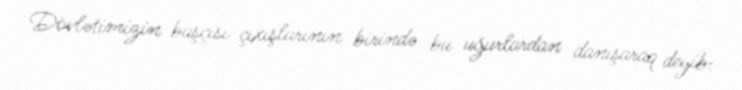
Dövlətimizin başçısı çıxışlarının birində bu uğurlardan danışaraq deyib: